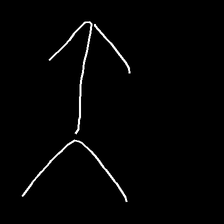
Glyph: gather